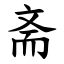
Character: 斋